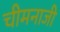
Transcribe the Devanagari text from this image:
चीमनाजी